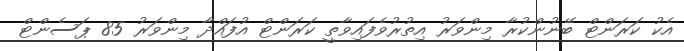
އެކު ކަރަންޓް ބޭނުންކުރާ މިންވަރު އިތުރުވެފައިވާތީ ކަރަންޓް އުފައްދާ މިންވަރު 85 ޕަސެންޓް